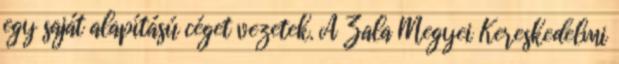
egy saját alapítású céget vezetek. A Zala Megyei Kereskedelmi